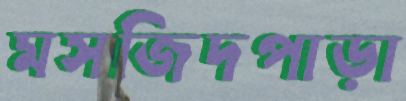
মসজিদপাড়া